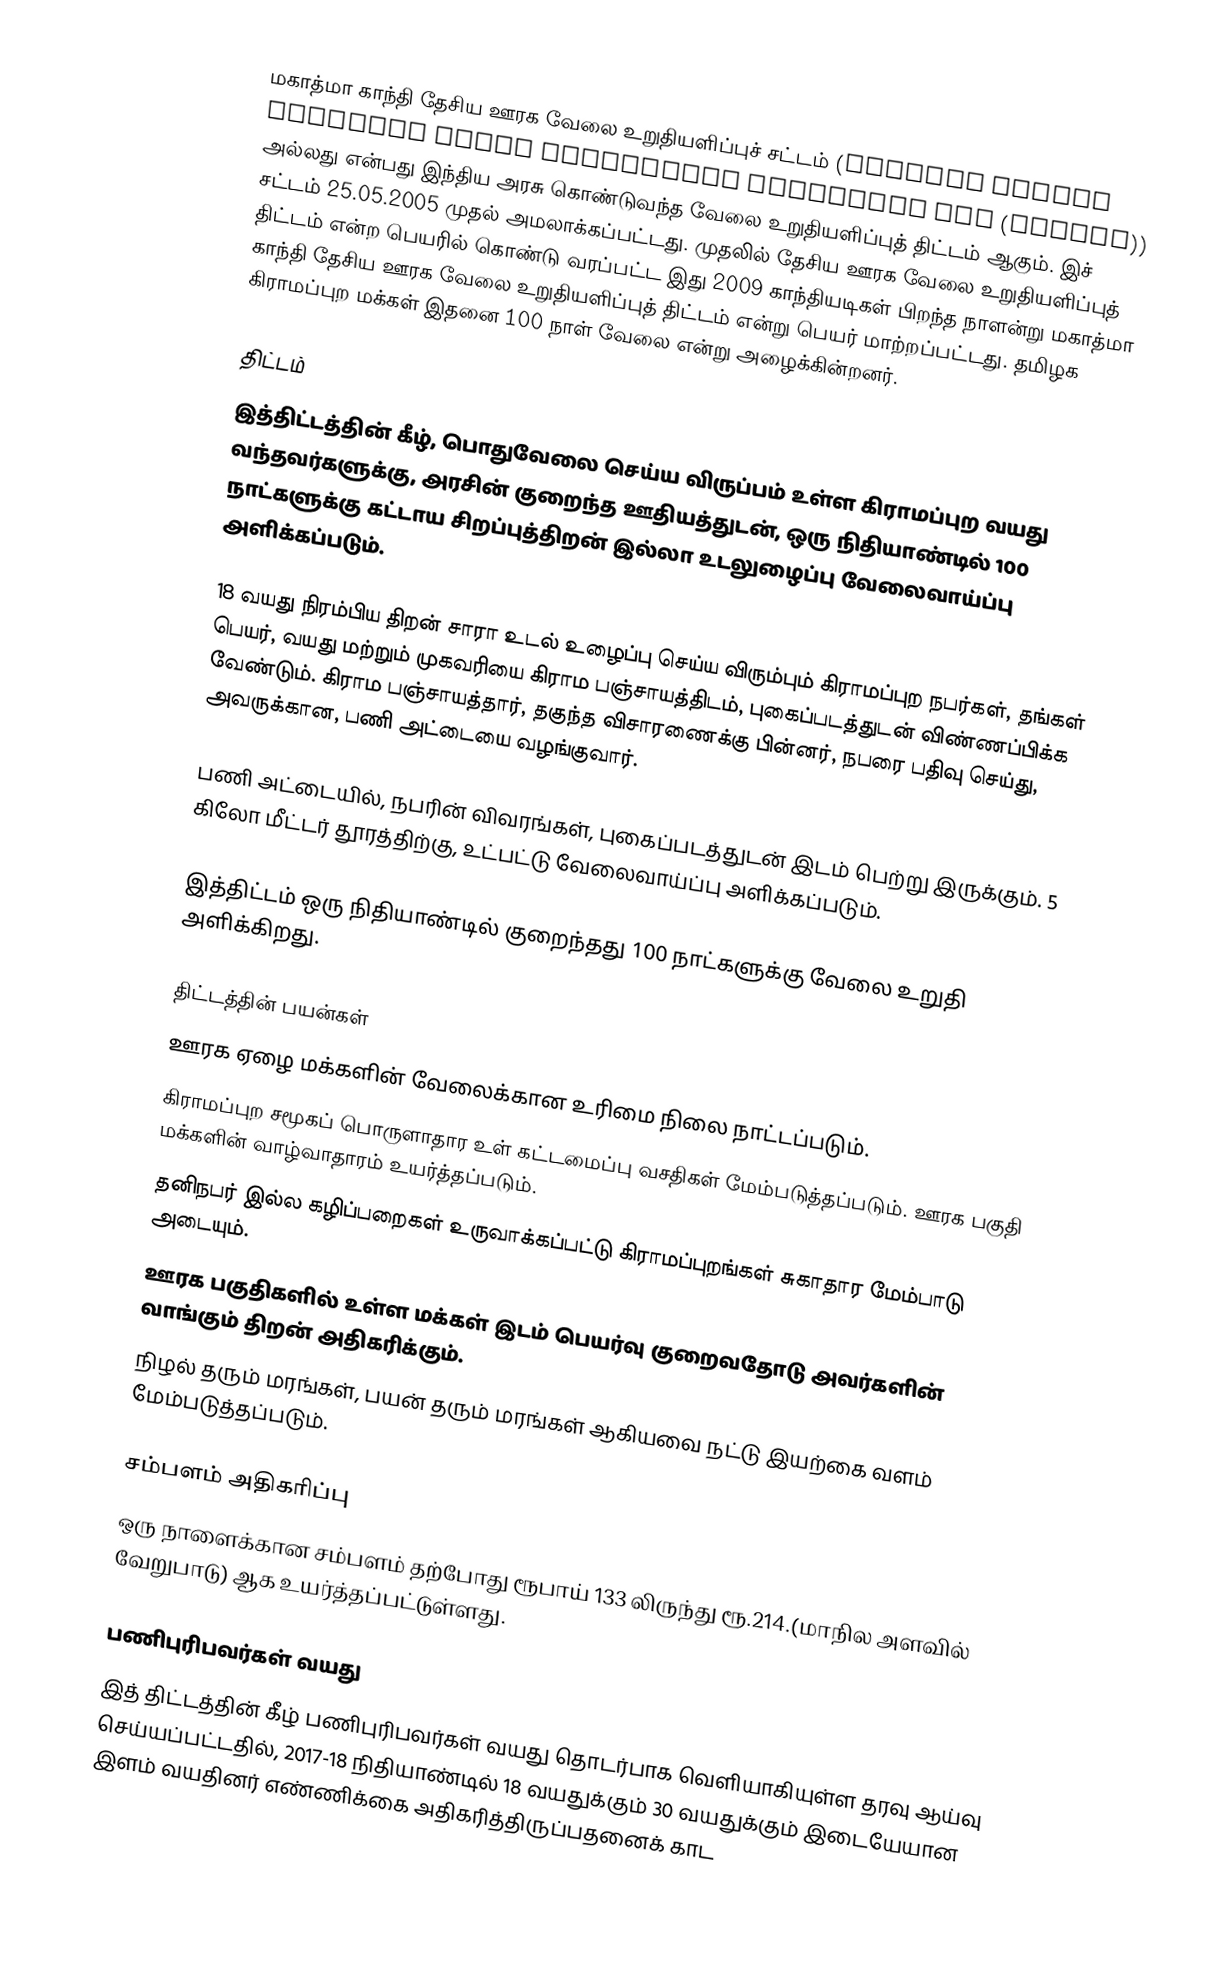
மகாத்மா காந்தி தேசிய ஊரக வேலை உறுதியளிப்புச் சட்டம் (Mahatma Gandhi National Rural Employment Guarantee Act (MNREGA)) அல்லது என்பது இந்திய அரசு கொண்டுவந்த வேலை உறுதியளிப்புத் திட்டம் ஆகும். இச் சட்டம் 25.05.2005 முதல் அமலாக்கப்பட்டது. முதலில் தேசிய ஊரக வேலை உறுதியளிப்புத் திட்டம் என்ற பெயரில் கொண்டு வரப்பட்ட இது 2009 காந்தியடிகள் பிறந்த நாளன்று மகாத்மா காந்தி தேசிய ஊரக வேலை உறுதியளிப்புத் திட்டம்  என்று பெயர் மாற்றப்பட்டது. தமிழக கிராமப்புற மக்கள் இதனை 100 நாள் வேலை என்று அழைக்கின்றனர்.

திட்டம்
இத்திட்டத்தின் கீழ், பொதுவேலை செய்ய விருப்பம் உள்ள கிராமப்புற வயது வந்தவர்களுக்கு, அரசின் குறைந்த ஊதியத்துடன், ஒரு நிதியாண்டில் 100 நாட்களுக்கு கட்டாய சிறப்புத்திறன் இல்லா உடலுழைப்பு வேலைவாய்ப்பு அளிக்கப்படும்.

18 வயது நிரம்பிய திறன் சாரா உடல் உழைப்பு செய்ய விரும்பும் கிராமப்புற நபர்கள், தங்கள் பெயர், வயது மற்றும் முகவரியை கிராம பஞ்சாயத்திடம், புகைப்படத்துடன் விண்ணப்பிக்க வேண்டும். கிராம பஞ்சாயத்தார், தகுந்த விசாரணைக்கு பின்னர், நபரை பதிவு செய்து, அவருக்கான, பணி அட்டையை வழங்குவார்.

பணி அட்டையில், நபரின் விவரங்கள், புகைப்படத்துடன் இடம் பெற்று இருக்கும். 5 கிலோ மீட்டர் தூரத்திற்கு, உட்பட்டு வேலைவாய்ப்பு அளிக்கப்படும்.

இத்திட்டம்  ஒரு நிதியாண்டில் குறைந்தது 100 நாட்களுக்கு வேலை உறுதி அளிக்கிறது.

திட்டத்தின் பயன்கள்
ஊரக ஏழை மக்களின் வேலைக்கான உரிமை நிலை நாட்டப்படும்.
கிராமப்புற சமூகப் பொருளாதார உள் கட்டமைப்பு வசதிகள் மேம்படுத்தப்படும். ஊரக பகுதி மக்களின் வாழ்வாதாரம் உயர்த்தப்படும்.
தனிநபர் இல்ல கழிப்பறைகள் உருவாக்கப்பட்டு கிராமப்புறங்கள் சுகாதார மேம்பாடு அடையும்.
ஊரக பகுதிகளில் உள்ள மக்கள் இடம் பெயர்வு குறைவதோடு அவர்களின் வாங்கும் திறன் அதிகரிக்கும்.
நிழல் தரும் மரங்கள், பயன் தரும் மரங்கள் ஆகியவை நட்டு இயற்கை வளம் மேம்படுத்தப்படும்.

சம்பளம் அதிகரிப்பு
ஒரு நாளைக்கான சம்பளம் தற்போது ரூபாய் 133 லிருந்து ரூ.214.(மாநில அளவில் வேறுபாடு) ஆக உயர்த்தப்பட்டுள்ளது.

பணிபுரிபவர்கள் வயது
இத் திட்டத்தின் கீழ் பணிபுரிபவர்கள் வயது தொடர்பாக வெளியாகியுள்ள தரவு ஆய்வு செய்யப்பட்டதில், 2017-18 நிதியாண்டில் 18 வயதுக்கும் 30 வயதுக்கும் இடையேயான இளம் வயதினர்  எண்ணிக்கை அதிகரித்திருப்பதனைக் காட